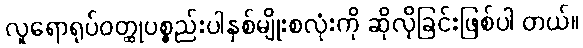
လူရောရုပ်ဝတ္ထုပစ္စည်းပါနှစ်မျိုးစလုံးကို ဆိုလိုခြင်းဖြစ်ပါ တယ်။